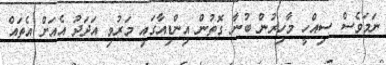
ނަމަވެސް ސިއްހީ މާހިރުން ބުނާ ގޮތުން އިންޑިއާގައި މަރުވި އަދަދު އެއަށް އެތައް